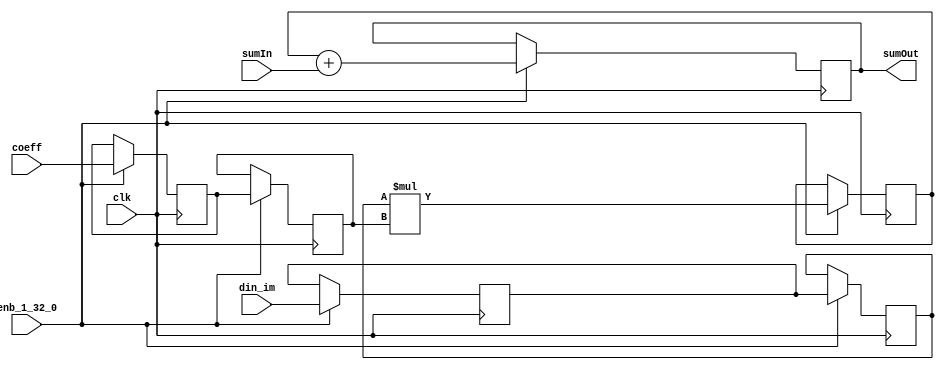
// -------------------------------------------------------------
// 
// 
// Generated by MATLAB 9.13 and HDL Coder 4.0
// 
// -------------------------------------------------------------


// -------------------------------------------------------------
// 
// Module: FilterTapSystolic_block2
// Source Path: whdlOFDMTransmitter_up_con/OFDM_UC/HDL_DUC/CIC Compensation Interpolator/whdlOFDMTransmitter_up_con/OFDM_UC/HDL_DUC/CIC 
// Compensation Interpolator/FIRFilter2/FilterTapSystoli
// Hierarchy Level: 4
// 
// -------------------------------------------------------------

`timescale 1 ns / 1 ns

module FilterTapSystolic_block2
          (clk,
           enb_1_32_0,
           din_im,
           coeff,
           sumIn,
           sumOut);


  input   clk;
  input   enb_1_32_0;
  input   signed [17:0] din_im;  // sfix18_En14
  input   signed [17:0] coeff;  // sfix18_En16
  input   signed [35:0] sumIn;  // sfix36_En30
  output  signed [35:0] sumOut;  // sfix36_En30


  reg signed [17:0] fTap_din_reg1;  // sfix18
  reg signed [17:0] fTap_coef_reg1;  // sfix18
  reg signed [17:0] fTap_din_reg2;  // sfix18
  reg signed [17:0] fTap_coef_reg2;  // sfix18
  reg signed [35:0] fTap_mult_reg;  // sfix36
  reg signed [35:0] sumOut_1;  // sfix36_En30

  initial begin
    fTap_din_reg1 = 18'sb000000000000000000;
    fTap_coef_reg1 = 18'sb000000000000000000;
    fTap_din_reg2 = 18'sb000000000000000000;
    fTap_coef_reg2 = 18'sb000000000000000000;
    fTap_mult_reg = 36'sh000000000;
    sumOut_1 = 36'sh000000000;
  end

  // FilterTapSystolicS
  always @(posedge clk)
    begin : fTap_process
      if (enb_1_32_0) begin
        sumOut_1 <= fTap_mult_reg + sumIn;
        fTap_mult_reg <= fTap_din_reg2 * fTap_coef_reg2;
        fTap_din_reg2 <= fTap_din_reg1;
        fTap_coef_reg2 <= fTap_coef_reg1;
        fTap_din_reg1 <= din_im;
        fTap_coef_reg1 <= coeff;
      end
    end



  assign sumOut = sumOut_1;

endmodule  // FilterTapSystolic_block2